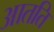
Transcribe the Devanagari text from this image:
आतति